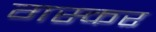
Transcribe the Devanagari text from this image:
गस्कर